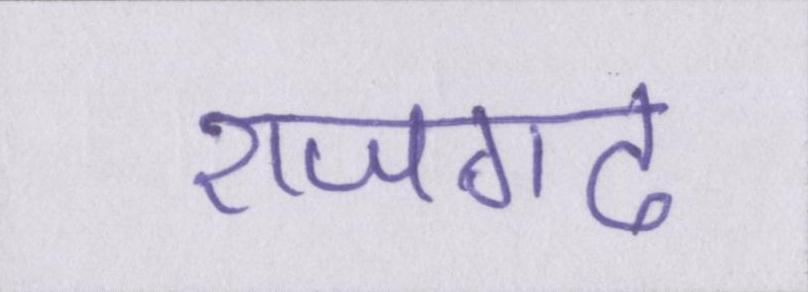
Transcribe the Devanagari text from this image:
राजगढ